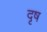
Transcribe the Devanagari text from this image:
दृष